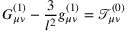
G _ { \mu \nu } ^ { ( 1 ) } - \frac 3 { l ^ { 2 } } g _ { \mu \nu } ^ { ( 1 ) } = \mathcal { T } _ { \mu \nu } ^ { ( 0 ) }